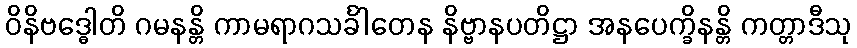
ဝိနိဗဒ္ဓေါတိ ဂမနန္တိ ကာမရာဂသင်္ခါတေန နိဗ္ဗာနပတိဋ္ဌာ အနပေက္ခိနန္တိ ကတ္တာဒီသု